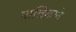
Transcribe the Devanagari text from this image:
मालिकाने